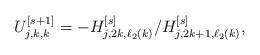
LaTeX: \begin{align*}U_{j,k,k}^{[s+1]} = -H_{j,2k,\ell_2(k)}^{[s]}/H_{j,2k+1,\ell_2(k)}^{[s]},\end{align*}